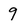
Character: 9